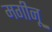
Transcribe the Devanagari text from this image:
मगीनू